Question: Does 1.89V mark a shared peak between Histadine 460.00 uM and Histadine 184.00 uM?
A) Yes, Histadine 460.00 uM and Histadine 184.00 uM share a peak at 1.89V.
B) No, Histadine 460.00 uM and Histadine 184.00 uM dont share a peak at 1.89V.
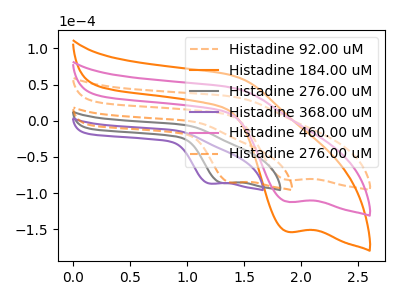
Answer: <think>The orange dashed curve "Histadine 92.00 uM" has a cathodic peak at: (1.90V, -81.95uA). The orange curve "Histadine 184.00 uM" has a cathodic peak at: (1.90V, -224.35uA). The gray curve "Histadine 276.00 uM" has a cathodic peak at: (1.30V, -86.15uA). The purple curve "Histadine 368.00 uM" has a cathodic peak at: (1.20V, -86.95uA). The pink curve "Histadine 460.00 uM" has a cathodic peak at: (1.90V, -112.15uA). The orange dashed curve "Histadine 276.00 uM" has a cathodic peak at: (1.40V, -85.60uA).</think>
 <answer>A) Yes, "Histadine 460.00 uM" and "Histadine 184.00 uM" share a peak at 1.89V.</answer>
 <eval>A</eval>